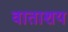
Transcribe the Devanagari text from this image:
वाताशय